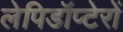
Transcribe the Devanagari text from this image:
लेपिडॉप्टेरों